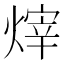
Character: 𪹞